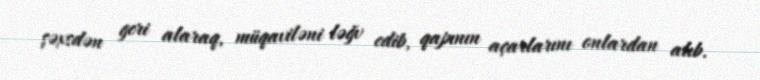
şəxsdən geri alaraq, müqaviləni ləğv edib, qapının açarlarını onlardan alıb.